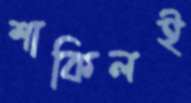
শাকিলই